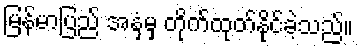
မြန်မာပြည် အနှံ့မှ တိုက်ထုတ်နိုင်ခဲ့သည်။